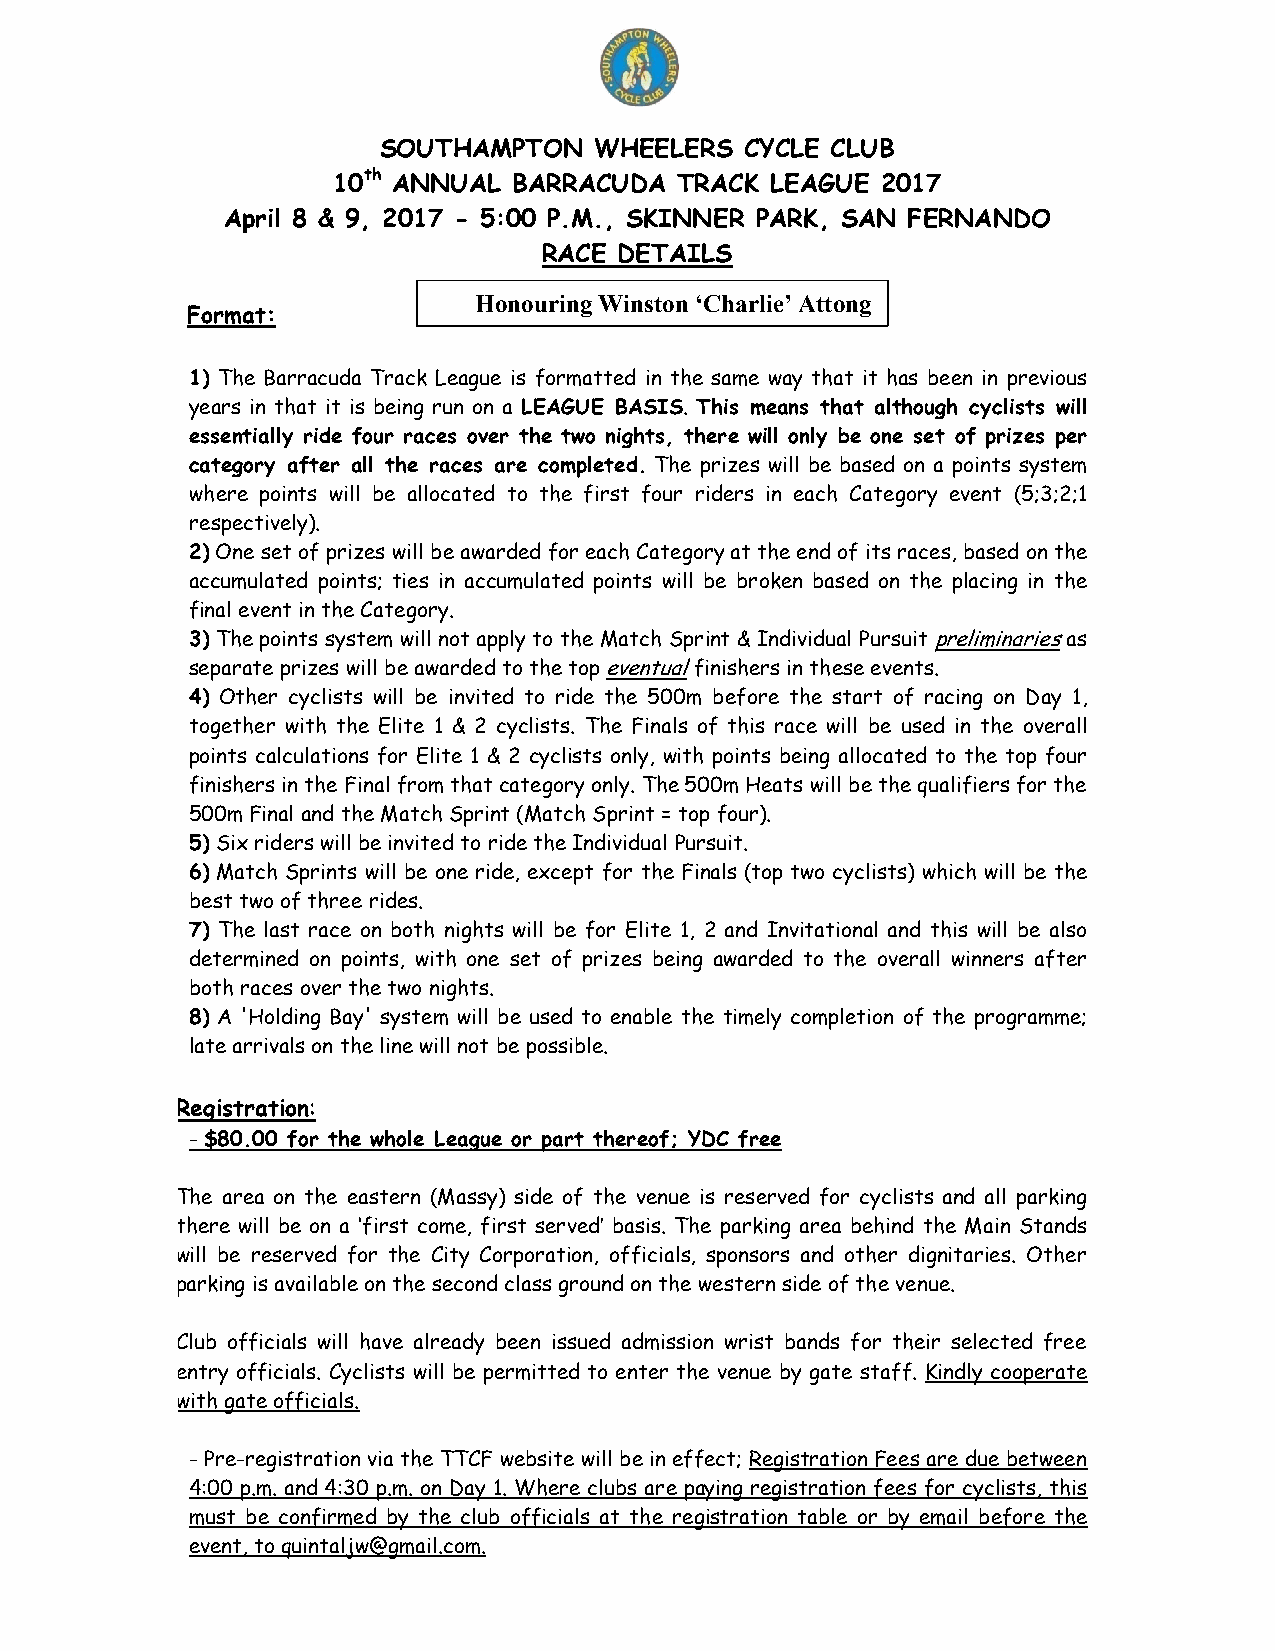
SOUTHAMPTON   WHEELERS  CYCLE CLUB
 10th ANNUAL BARRACUDA  TRACK LEAGUE 2017
 April 8 & 9, 2017 - 5:00 P.M., SKINNER PARK, SAN FERNANDO
 RACE DETAILS
 Honouring Winston ‘Charlie’ Attong
 Format:
 1) The Barracuda Track League is formatted in the same way that it has been in previous
 years in that it is being run on a LEAGUE BASIS. This means that although cyclists will
 essentially ride four races over the two nights, there will only be one set of prizes per
 category after all the races are completed. The prizes will be based on a points system
 where points will be allocated to the first four riders in each Category event (5;3;2;1
 respectively).
 2) One set of prizes will be awarded for each Category at the end of its races, based on the
 accumulated points; ties in accumulated points will be broken based on the placing in the
 final event in the Category.
 3) The points system will not apply to the Match Sprint & Individual Pursuit preliminaries as
 separate prizes will be awarded to the top eventual finishers in these events.
 4) Other cyclists will be invited to ride the 500m before the start of racing on Day 1,
 together with the Elite 1 & 2 cyclists. The Finals of this race will be used in the overall
 points calculations for Elite 1 & 2 cyclists only, with points being allocated to the top four
 finishers in the Final from that category only. The 500m Heats will be the qualifiers for the
 500m Final and the Match Sprint (Match Sprint = top four).
 5) Six riders will be invited to ride the Individual Pursuit.
 6) Match Sprints will be one ride, except for the Finals (top two cyclists) which will be the
 best two of three rides.
 7) The last race on both nights will be for Elite 1, 2 and Invitational and this will be also
 determined on points, with one set of prizes being awarded to the overall winners after
 both races over the two nights.
 8) A 'Holding Bay' system will be used to enable the timely completion of the programme;
 late arrivals on the line will not be possible.
 Registration:
 - $80.00 for the whole League or part thereof; YDC free
 The area on the eastern (Massy) side of the venue is reserved for cyclists and all parking
 there will be on a ‘first come, first served’ basis. The parking area behind the Main Stands
 will be reserved for the City Corporation, officials, sponsors and other dignitaries. Other
 parking is available on the second class ground on the western side of the venue.
 Club officials will have already been issued admission wrist bands for their selected free
 entry officials. Cyclists will be permitted to enter the venue by gate staff. Kindly cooperate
 with gate officials.
 - Pre-registration via the TTCF website will be in effect; Registration Fees are due between
 4:00 p.m. and 4:30 p.m. on Day 1. Where clubs are paying registration fees for cyclists, this
 must be confirmed by the club officials at the registration table or by email before the
 event, to quintaljw@gmail.com.